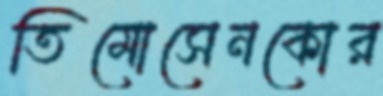
তিমোসেনকোর